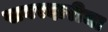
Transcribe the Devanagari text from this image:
खबरदारीचा